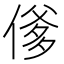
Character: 𬿇